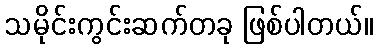
သမိုင်းကွင်းဆက်တခု ဖြစ်ပါတယ်။